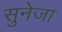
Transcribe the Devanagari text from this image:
सुनेजा